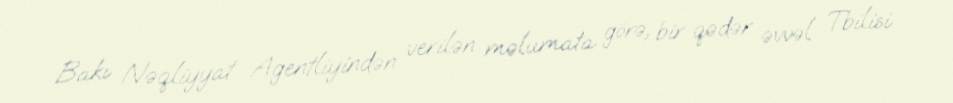
Bakı Nəqliyyat Agentliyindən verilən məlumata görə, bir qədər əvvəl Tbilisi